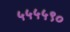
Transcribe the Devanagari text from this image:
५५५५९०